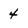
Character: 4